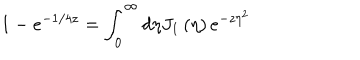
1 - e ^ { - 1 / 4 z } = \int _ { 0 } ^ { \infty } d \eta J _ { 1 } \left( \eta \right) e ^ { - z \eta ^ { 2 } }